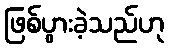
ဖြစ်ပွားခဲ့သည်ဟု